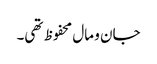
جان و مال محفوظ تھی۔